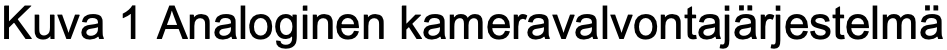
Kuva 1 Analoginen kameravalvontajärjestelmä